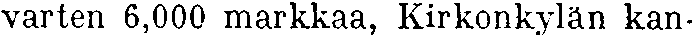
varten 6,000 markkaa, Kirkonkylän kan-